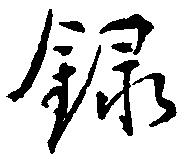
録